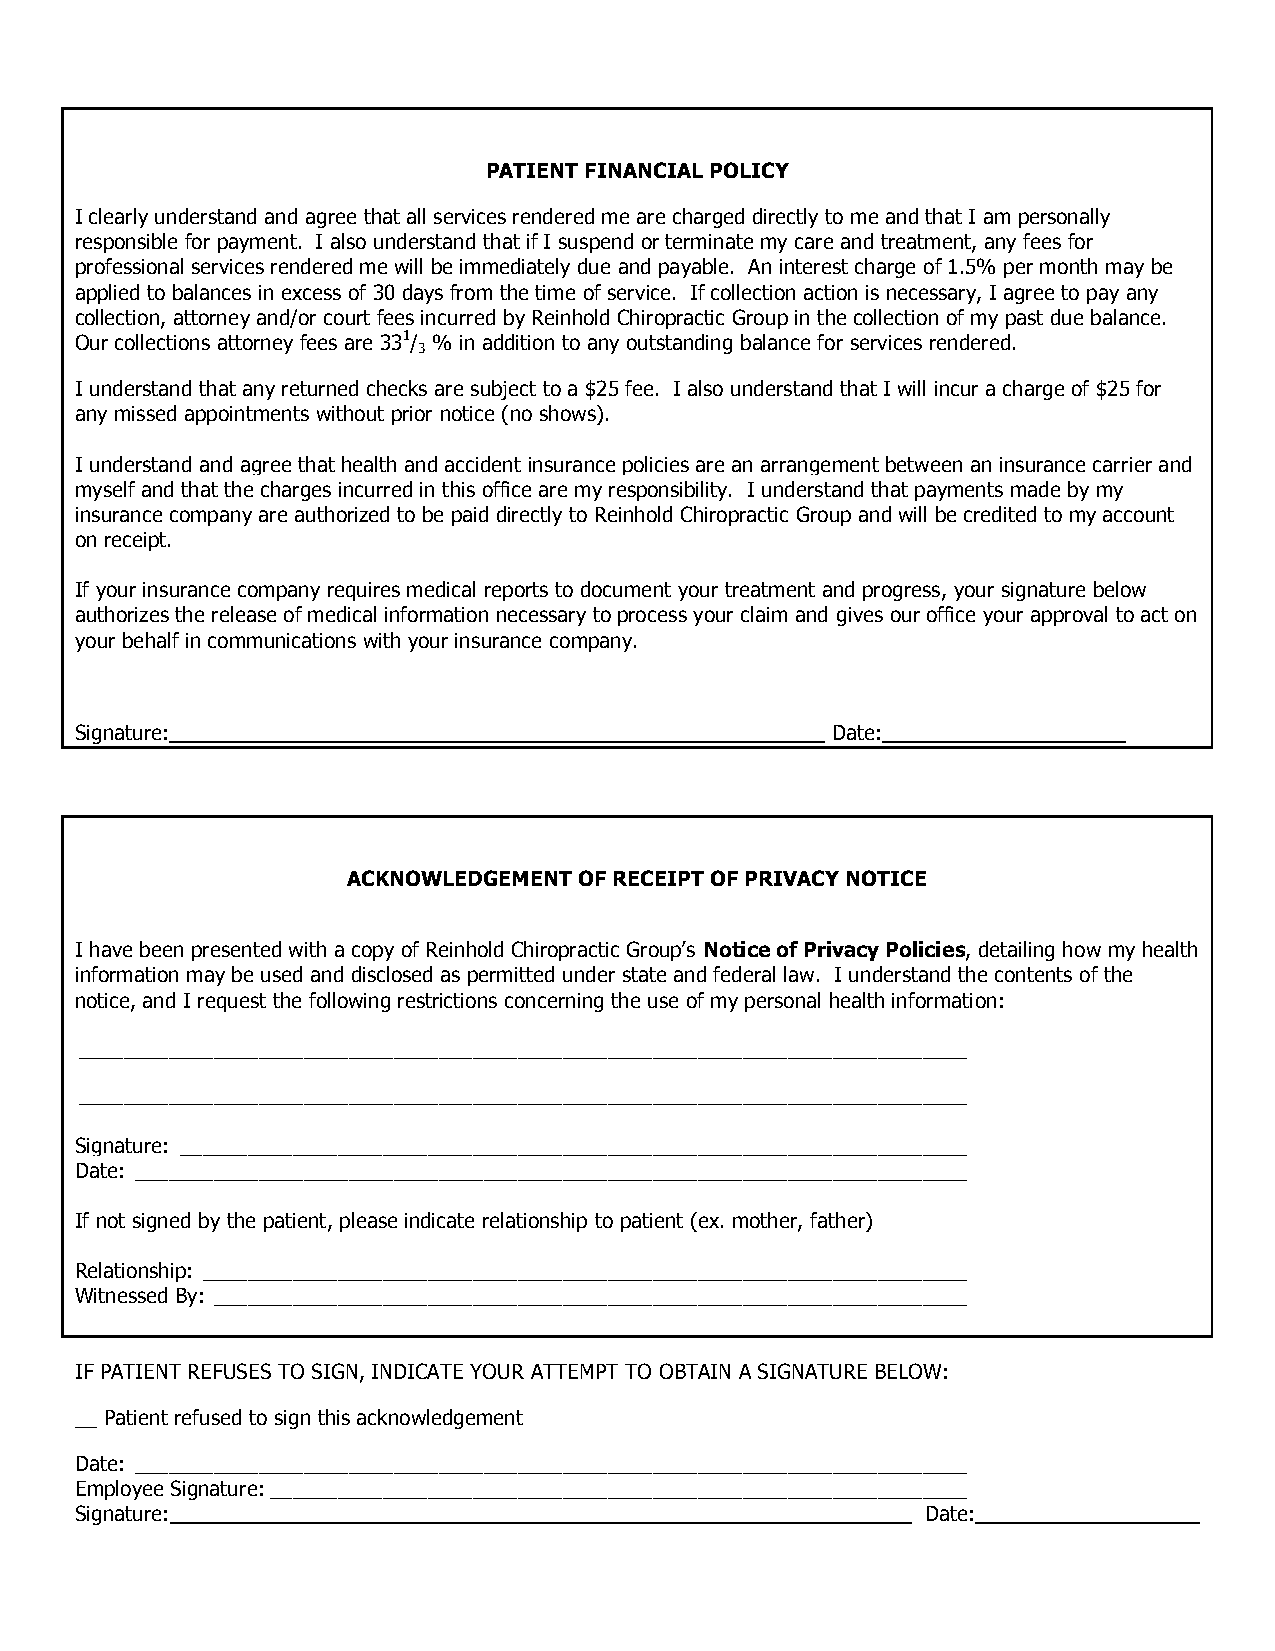
PATIENT FINANCIAL POLICY
 I clearly understand and agree that all services rendered me are charged directly to me and that I am personally
 responsible for payment. I also understand that if I suspend or terminate my care and treatment, any fees for
 professional services rendered me will be immediately due and payable. An interest charge of 1.5% per month may be
 applied to balances in excess of 30 days from the time of service. If collection action is necessary, I agree to pay any
 collection, attorney and/or court fees incurred by Reinhold Chiropractic Group in the collection of my past due balance.
 Our collections attorney fees are 331/ % in addition to any outstanding balance for services rendered.
 3
 I understand that any returned checks are subject to a $25 fee. I also understand that I will incur a charge of $25 for
 any missed appointments without prior notice (no shows).
 I understand and agree that health and accident insurance policies are an arrangement between an insurance carrier and
 myself and that the charges incurred in this office are my responsibility. I understand that payments made by my
 insurance company are authorized to be paid directly to Reinhold Chiropractic Group and will be credited to my account
 on receipt.
 If your insurance company requires medical reports to document your treatment and progress, your signature below
 authorizes the release of medical information necessary to process your claim and gives our office your approval to act on
 your behalf in communications with your insurance company.
 Signature:                                        Date:
 ACKNOWLEDGEMENT OF RECEIPT OF PRIVACY NOTICE
 I have been presented with a copy of Reinhold Chiropractic Group’s Notice of Privacy Policies, detailing how my health
 information may be used and disclosed as permitted under state and federal law. I understand the contents of the
 notice, and I request the following restrictions concerning the use of my personal health information:
 _______________________________________________________________________________
 _______________________________________________________________________________
 Signature: ______________________________________________________________________
 Date: __________________________________________________________________________
 If not signed by the patient, please indicate relationship to patient (ex. mother, father)
 Relationship: ____________________________________________________________________
 Witnessed By: ___________________________________________________________________
 IF PATIENT REFUSES TO SIGN, INDICATE YOUR ATTEMPT TO OBTAIN A SIGNATURE BELOW:
 __ Patient refused to sign this acknowledgement
 Date: __________________________________________________________________________
 Employee Signature: ______________________________________________________________
 Signature: _________________________________________________________________ Date: